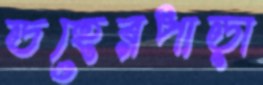
ডহেরপাড়া